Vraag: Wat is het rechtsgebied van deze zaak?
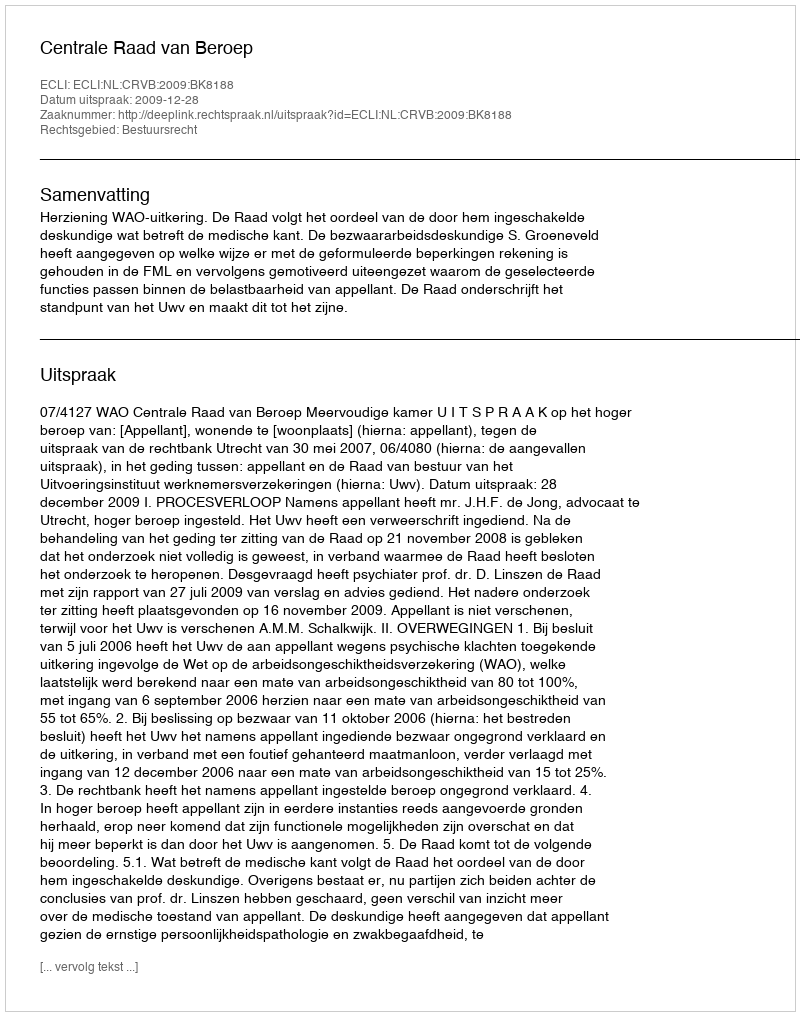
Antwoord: Bestuursrecht